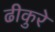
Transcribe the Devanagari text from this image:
ढीकुरे